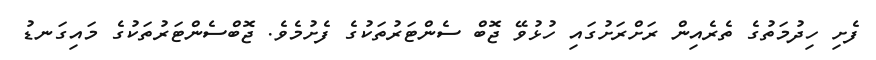
ފެށި ހިދުމަތުގެ ތެރެއިން ރަށްރަށުގައި ހުޅުވޭ ޖޮބް ސެންޓަރުތަކުގެ ފެށުމެވެ. ޖޮބްސެންޓަރުތަކުގެ މައިގަނޑު